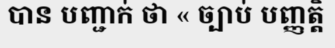
បាន បញ្ជាក់ ថា « ច្បាប់ បញ្ញត្តិ